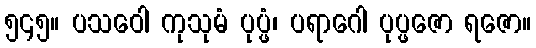
၅၄၅။ ပသဝေါ ကုသုမံ ပုပ္ဖံ၊ ပရာဂေါ ပုပ္ဖဇော ရဇော။